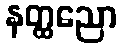
နတ္ထညော